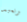
ونعيد